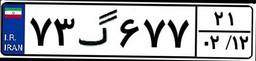
۴۹گ۰۱۸۷۰